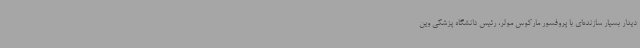
دیدار بسیار سازنده‌ای با پروفسور مارکوس مولر، رئیس دانشگاه پزشکی وین